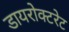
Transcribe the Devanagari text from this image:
डायरोक्टरेट